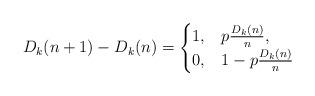
LaTeX: \begin{align*} D_k(n+1) - D_k(n) = \begin{cases} 1, & p\frac{D_k(n)}{n},\\ 0, & 1 - p\frac{D_k(n)}{n} \end{cases} \end{align*}